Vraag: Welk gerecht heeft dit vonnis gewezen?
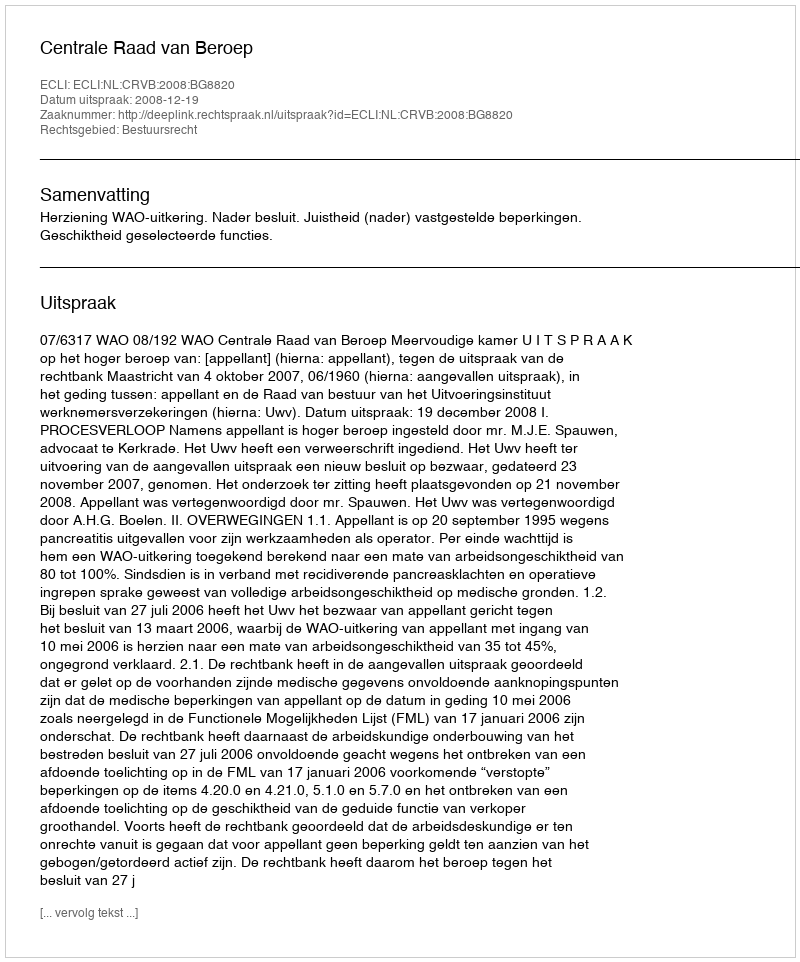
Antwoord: Centrale Raad van Beroep